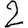
Digit: 2